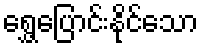
ရွှေ့ပြောင်းနိုင်သော